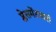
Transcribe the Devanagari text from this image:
प्लेसमेंटसाठी